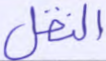
النقل